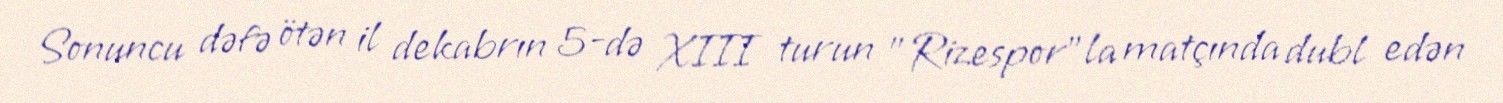
Sonuncu dəfə ötən il dekabrın 5-də XIII turun "Rizespor"la matçında dubl edən